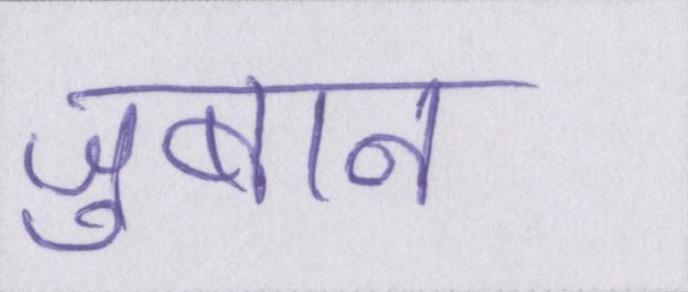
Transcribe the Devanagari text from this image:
ज़ुबान